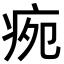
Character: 𭼉